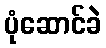
ပုံဆောင်ခဲ